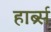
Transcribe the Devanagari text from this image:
हार्ब्र्स